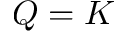
Q = K